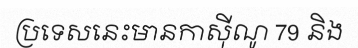
ប្រទេសនេះមានកាស៊ីណូ 79 និង